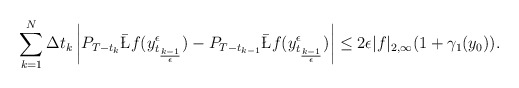
\begin{align*}\sum_{k=1}^N \Delta t_k \left| P_{T-t_{k}} \bar \L f (y_{t_{k-1\over \epsilon}}^\epsilon)-P_{T-t_{k-1}} \bar \L f(y_{t_{k-1\over \epsilon}}^\epsilon)\right|\le 2\epsilon |f|_{2,\infty}( 1+\gamma_1(y_0)).\end{align*}